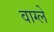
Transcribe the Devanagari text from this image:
वाग्ले